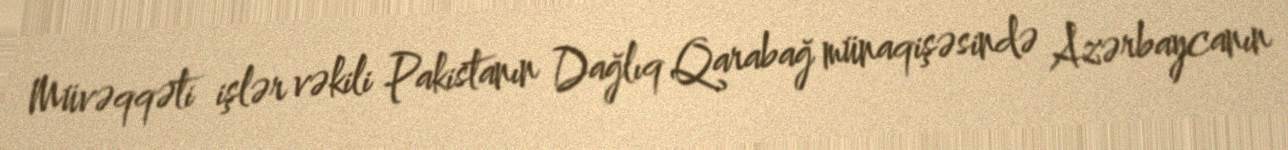
Müvəqqəti işlər vəkili Pakistanın Dağlıq Qarabağ münaqişəsində Azərbaycanın